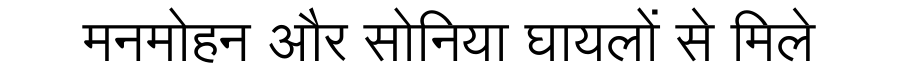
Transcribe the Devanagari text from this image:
मनमोहन और सोनिया घायलों से मिले